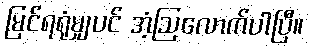
မြင်ရရုံမျှပင် အံ့ဩလောက်ပါပြီ။